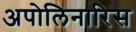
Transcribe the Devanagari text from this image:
अपोलिनारिस